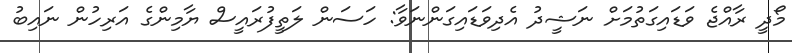
މޯދީ ރާއްޖެ ވަޑައިގަތުމަށް ނަޝީދު އެދިވަޑައިގަންނަވާ: ހަސަން ލަތީފުރައީސް ޔާމިންގެ އަރިހުން ނައިބު